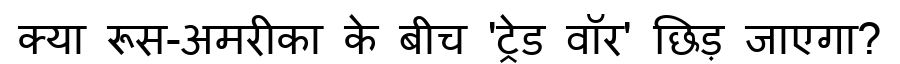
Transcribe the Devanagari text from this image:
क्या रूस-अमरीका के बीच 'ट्रेड वॉर' छिड़ जाएगा?